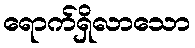
ရောက်ရှိလာသော